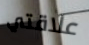
علاقتي